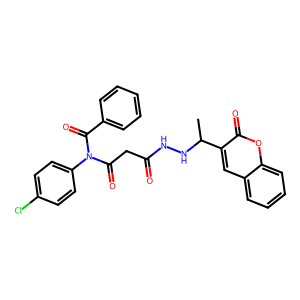
SMILES: CC(NNC(=O)CC(=O)N(C(=O)c1ccccc1)c1ccc(Cl)cc1)c1cc2ccccc2oc1=O
Inhibits HIV replication: No